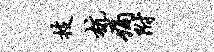
技杭痛附